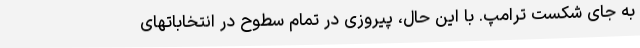
به جای شکست ترامپ. با این حال، پیروزی در تمام سطوح در انتخاباتهای